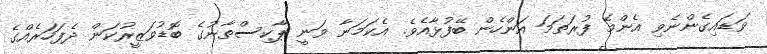
ވަޑައިގެންނެވި އެންމެ ފުރަތަމަ އަންހެން ބޭފުޅާއެވެ. އެކަމަނާ ވަނީ ޕާކިސްތާނުގެ ބޮޑުވަޒީރުކަން ދެފަހަރެއްގެ